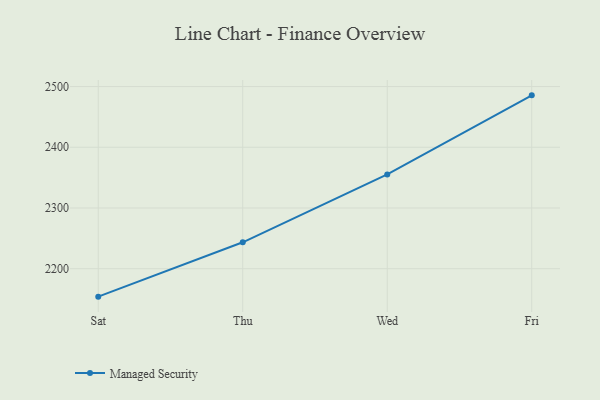
{"axis": {"x": "Day", "y": "Bounce Rate (%)"}, "legend": ["Managed Security"], "data": [{"x": "Sat", "y": 2154.0, "type": "Managed Security"}, {"x": "Thu", "y": 2243.5, "type": "Managed Security"}, {"x": "Wed", "y": 2355.2, "type": "Managed Security"}, {"x": "Fri", "y": 2485.5, "type": "Managed Security"}]}